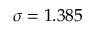
\sigma = 1 . 3 8 5